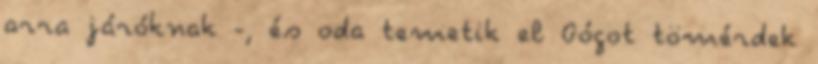
arra járóknak -, és oda temetik el Gógot tömérdek